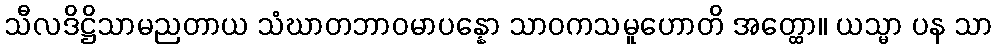
သီလဒိဋ္ဌိသာမညတာယ သံဃာတဘာဝမာပန္နော သာဝကသမူဟောတိ အတ္ထော။ ယသ္မာ ပန သာ